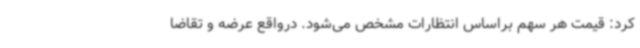
کرد: قیمت هر سهم براساس انتظارات مشخص می‌شود. درواقع عرضه و تقاضا